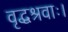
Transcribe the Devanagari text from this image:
वृद्धश्रवाः।